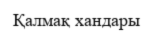
Қалмақ хандары